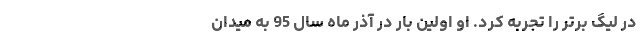
در لیگ برتر را تجربه کرد. او اولین بار در آذر ماه سال 95 به میدان